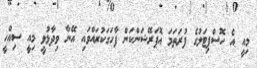
މިއީ އެ ހޮސްޕިޓަލުގެ ފުރަތަމަ އޮޕަރޭޝަންކަން ފާހަގަކުރައްވައި އޭނާ ވިދާޅުވީ މިއީ ސިއްހީ